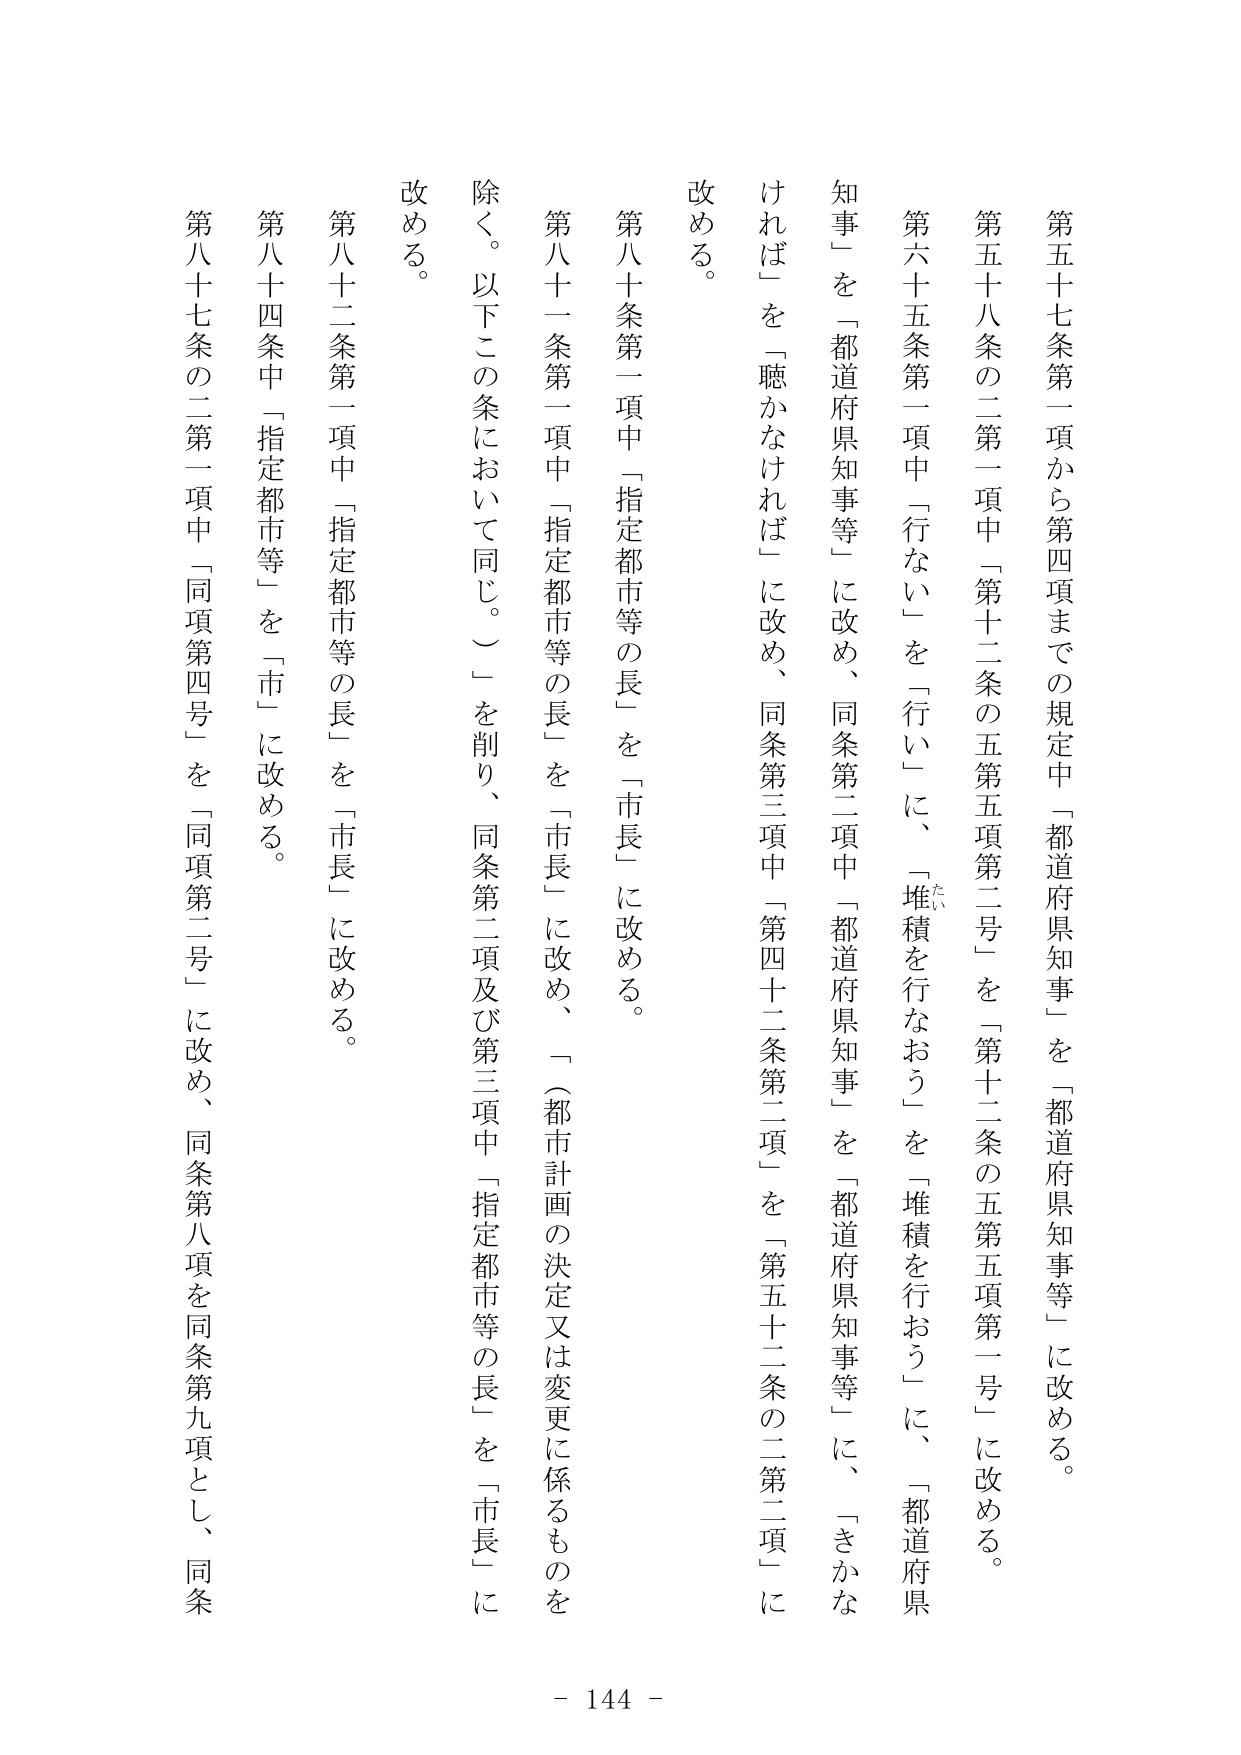
第五十七条第一項から第四項までの規定中「都道府県知事」を「都道府県知事等」に改める。

第五十八条の二第一項中「第十二条の五第五項第二号」を「第十二条の五第五項第一号」に改める。

第六十五条第一項中「行ない」を「行い」に、「堆積を行なおう」を「堆積を行おう」に、「都道府県知事」を「都道府県知事等」に改め、同条第二項中「都道府県知事」を「都道府県知事等」に、「さかなければ」を「聴かなければ」に改め、同条第三項中「第四十二条第二項」を「第五十二条の二第二項」に改める。

第八十条第一項中「指定都市等の長」を「市長」に改める。

第八十一条第一項中「指定都市等の長」を「市長」に改め、「（都市計画の決定又は変更に係るものを除く。以下この条において同じ。）」を削り、同条第二項及び第三項中「指定都市等の長」を「市長」に改める。

第八十二条第一項中「指定都市等の長」を「市長」に改める。

第八十四条中「指定都市等」を「市」に改める。

第八十七条の二第一項中「同項第四号」を「同項第二号」に改め、同条第八項を同条第九項とし、同条

- 144 -